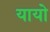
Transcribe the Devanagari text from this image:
यायो